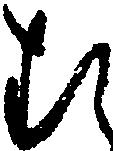
む